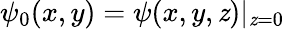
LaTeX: \psi_{0}(x,y)=\psi(x,y,\mathit{z})|_{\mathit{z}=0}